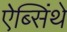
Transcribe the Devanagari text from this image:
ऐब्सिंथे